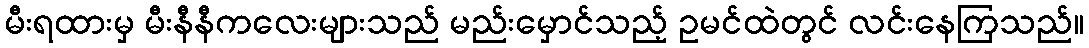
မီးရထားမှ မီးနီနီကလေးများသည် မည်းမှောင်သည့် ဥမင်ထဲတွင် လင်းနေကြသည်။